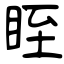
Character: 眰